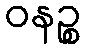
ဝနဉ္စ